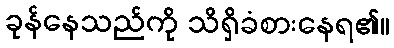
ခုန်နေသည်ကို သိရှိခံစားနေရ၏။